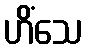
ဟိံသေ